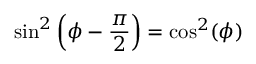
\sin ^ { 2 } \left( \phi - \frac { \pi } { 2 } \right) = \cos ^ { 2 } ( \phi )